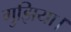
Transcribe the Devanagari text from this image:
गुझिया।